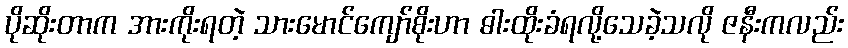
ပိုဆိုးတာက အားကိုးရတဲ့ သားမောင်ကျော်စိုးဟာ ဓါးထိုးခံရလို့သေခဲ့သလို ဇနီးကလည်း